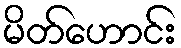
မိတ်ဟောင်း